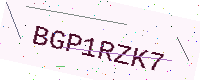
Text: BGP1RZK7